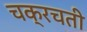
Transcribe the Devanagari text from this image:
चक्रचती